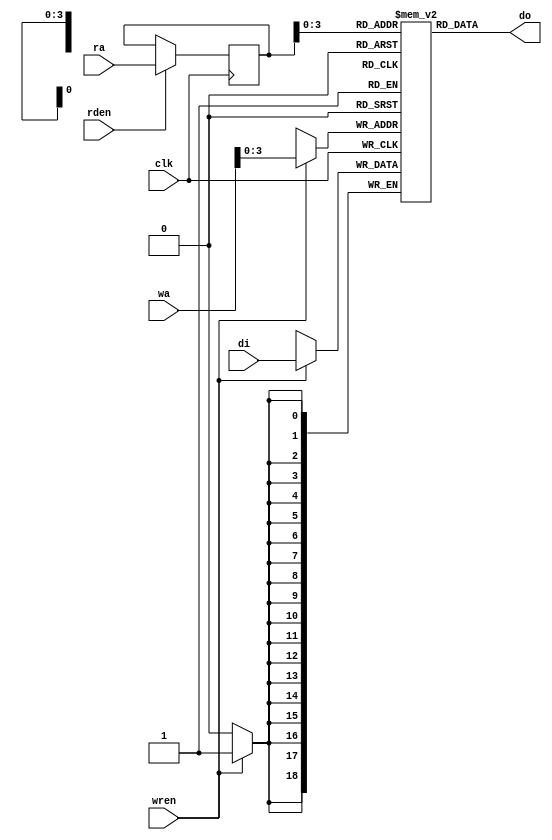
module SDP_BRAM_SRd(clk, wren,rden, wa, ra, di, do);
  parameter ram_width=19;
  parameter ram_dipth=16;
  parameter addr_width=5;
input clk;
input wren;
input  rden;
input [addr_width-1:0] ra;
input [addr_width-1:0] wa;
input  [ram_width-1:0] di;
output [ram_width-1:0] do;
reg [ram_width-1:0] ram [ram_dipth-1:0];
reg [addr_width-1:0] read_a;
always @(posedge clk) begin
if (wren)
ram[wa] <= di;
if (rden)
read_a <= ra;
end
assign do = ram[read_a];
endmodule